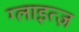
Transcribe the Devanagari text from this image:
ग्लाइत्ज़